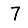
Digit: 7